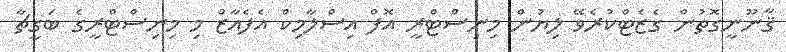
ޤާނޫނީގޮތުން ގެޒެޓްކުރެވޭ ލިޔުން މިނިސްޓްރީ އޮފް އިސްލާމިކް އެފެއާޒް މި މިނިސްޓްރީގެ ބަގީޗާ